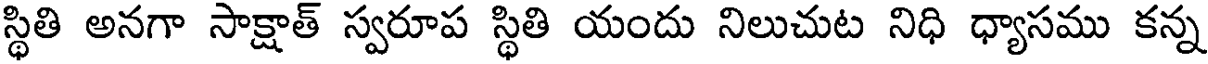
స్థితి అనగా సాక్షాత్ స్వరూప స్థితి యందు నిలుచుట నిధి ధ్యాసము కన్న